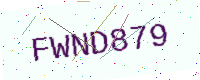
Text: FWND879